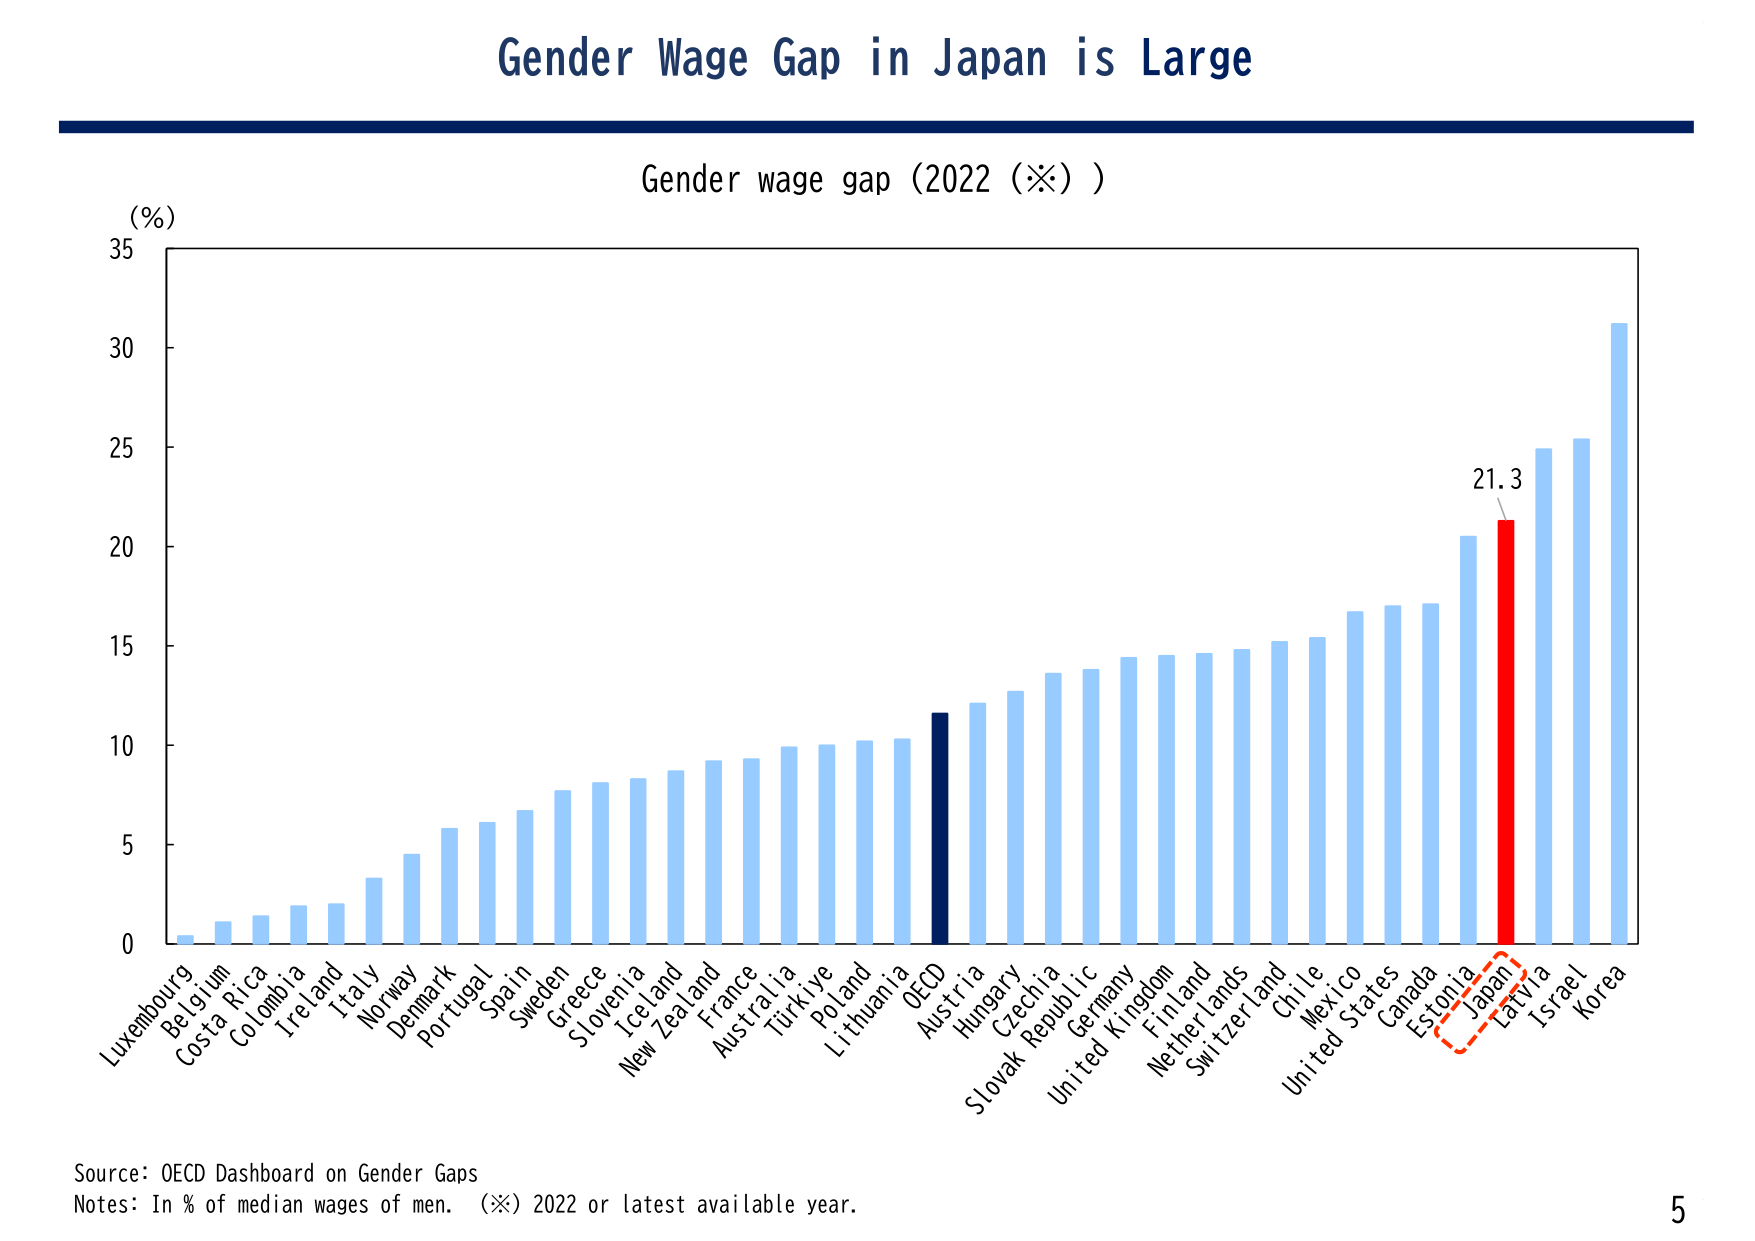
Gender Wage Gap in Japan is Large

Gender wage gap (2022 (※) )

(%)
35
30
25
20
15
10
5
0

Luxembourg
Belgium
Costa Rica
Colombia
Ireland
Italy
Norway
Denmark
Portugal
Spain
Sweden
Greece
Slovenia
Iceland
New Zealand
France
Australia
Türkiye
Poland
Lithuania
OECD
Austria
Hungary
Czechia
Slovak Republic
Germany
United Kingdom
Finland
Netherlands
Switzerland
Chile
Mexico
United States
Canada
Estonia
Japan
Latvia
Israel
Korea

21.3

Source: OECD Dashboard on Gender Gaps
Notes: In % of median wages of men. (※) 2022 or latest available year.

5